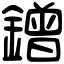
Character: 鏳